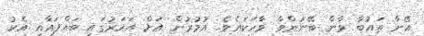
އޭނާ ތައުބާ ވާން ބޭނުންވާ ވާހަކައެވެ. އުމުރުން އަށް އަހަރުގައި ބައްޕައާއި އެކު